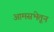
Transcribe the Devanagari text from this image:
आमसभेतून